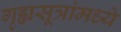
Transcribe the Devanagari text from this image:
गृह्यसूत्रांमध्ये